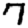
Digit: 7